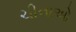
ચીનાઓ